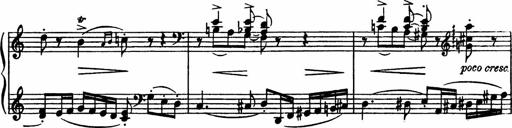
Title: Sonatilla
Composer: Mortimer Wilson
Key: C major